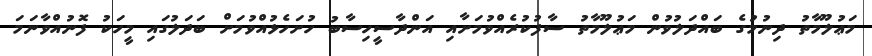
މަޢުލޫމާތު ދިނުމުގެ ބައްދަލުވުން މަޢުލޫމާތު ސާފުކުރެއްވުމަށާއި އަންދާސީހިސާބު ހުށަހެޅުއްވުމަށް ބަދަލުގައި މީހަކު ފޮނުއްވާނަމަ